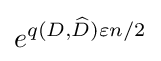
e^{q(D,{\widehat {D}})\varepsilon n/2}\,\!